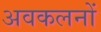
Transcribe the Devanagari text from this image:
अवकलनों